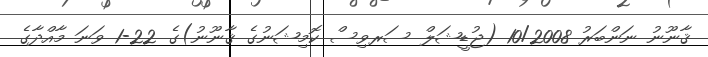
ޤާނޫނު ނަންބަރު 10/2008 (ޖުޑީޝަލް ސަރވިސް ކޮމިޝަނުގެ ޤާނޫނު)ގެ 22-1 ވަނަ މާއްދާގެ